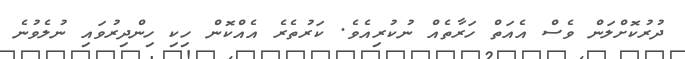
ދުރުކޮށްލަން ވެސް އެއަތް ހަރާތެއް ނުކުރިއެވެ. ކަރުތެރެ އެއްކޮން ހިކި ހިންދިރުވައި ނުލެވުނެ